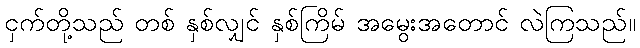
ငှက်တို့သည် တစ် နှစ်လျှင် နှစ်ကြိမ် အမွေးအတောင် လဲကြသည်။